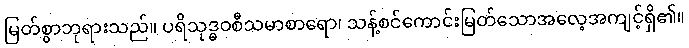
မြတ်စွာဘုရားသည်။ ပရိသုဒ္ဓဝစီသမာစာရော၊ သန့်စင်ကောင်းမြတ်သောအလေ့အကျင့်ရှိ၏။